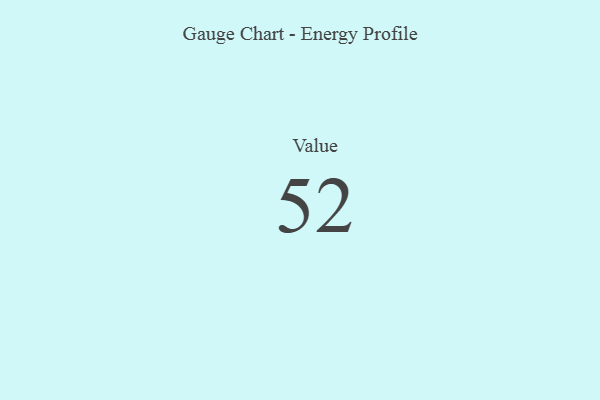
{"axis": {"x": "Metric", "y": "Value"}, "legend": [""], "data": [{"x": "Value", "y": 52, "type": ""}]}